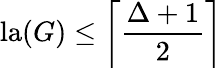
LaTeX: \mathop{\mathrm{la}}(G)\leq\left\lceil{\frac{\Delta+1}{2}}\right\rceil